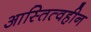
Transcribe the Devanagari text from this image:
आस्तित्वहीन